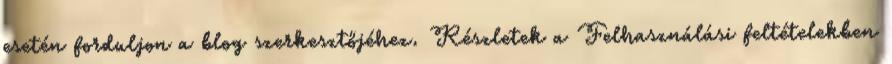
esetén forduljon a blog szerkesztőjéhez. Részletek a Felhasználási feltételekben